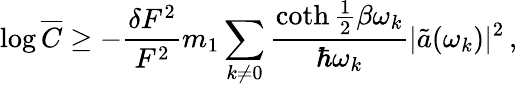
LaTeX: \log\overline{{C}}\ge-\frac{\delta F^{2}}{F^{2}}m_{1}\sum_{k\ne 0}\frac{\coth\frac 12\beta\omega_{k}}{\hbar\omega_{k}}\vert\tilde{a}(\omega_{k})\vert^{2}\, ,